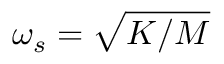
\omega _ { s } = \sqrt { K / M }